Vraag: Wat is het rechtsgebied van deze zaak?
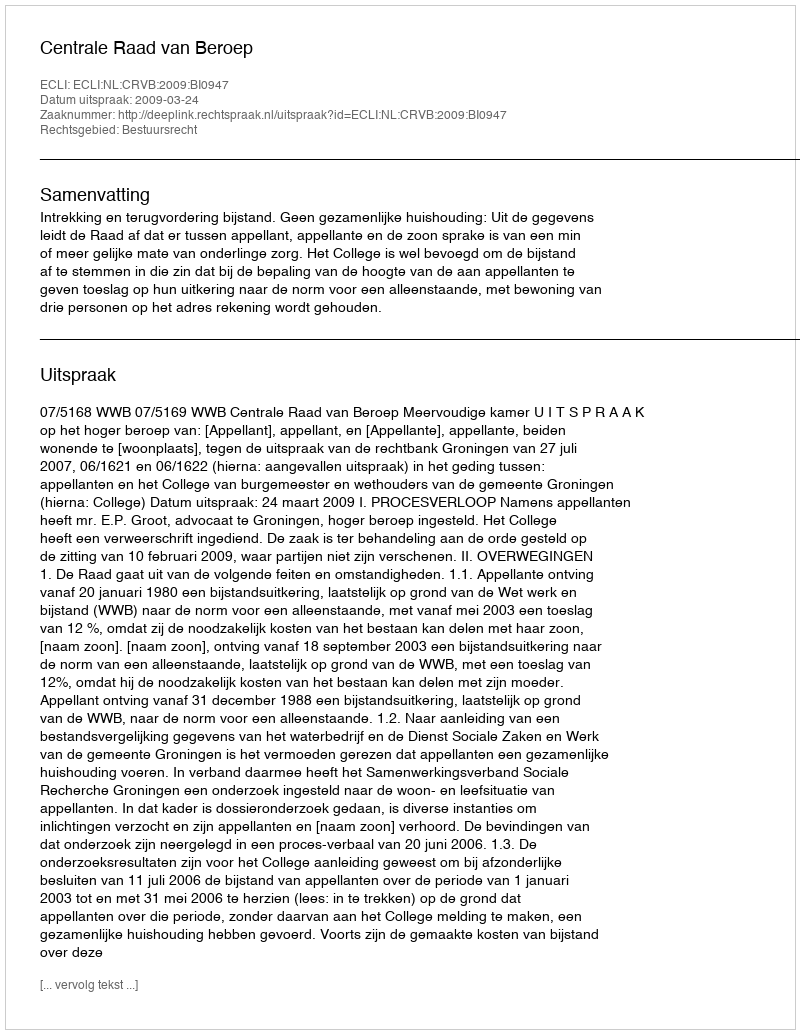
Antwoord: Bestuursrecht